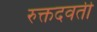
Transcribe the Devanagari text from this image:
रुक्तदवती